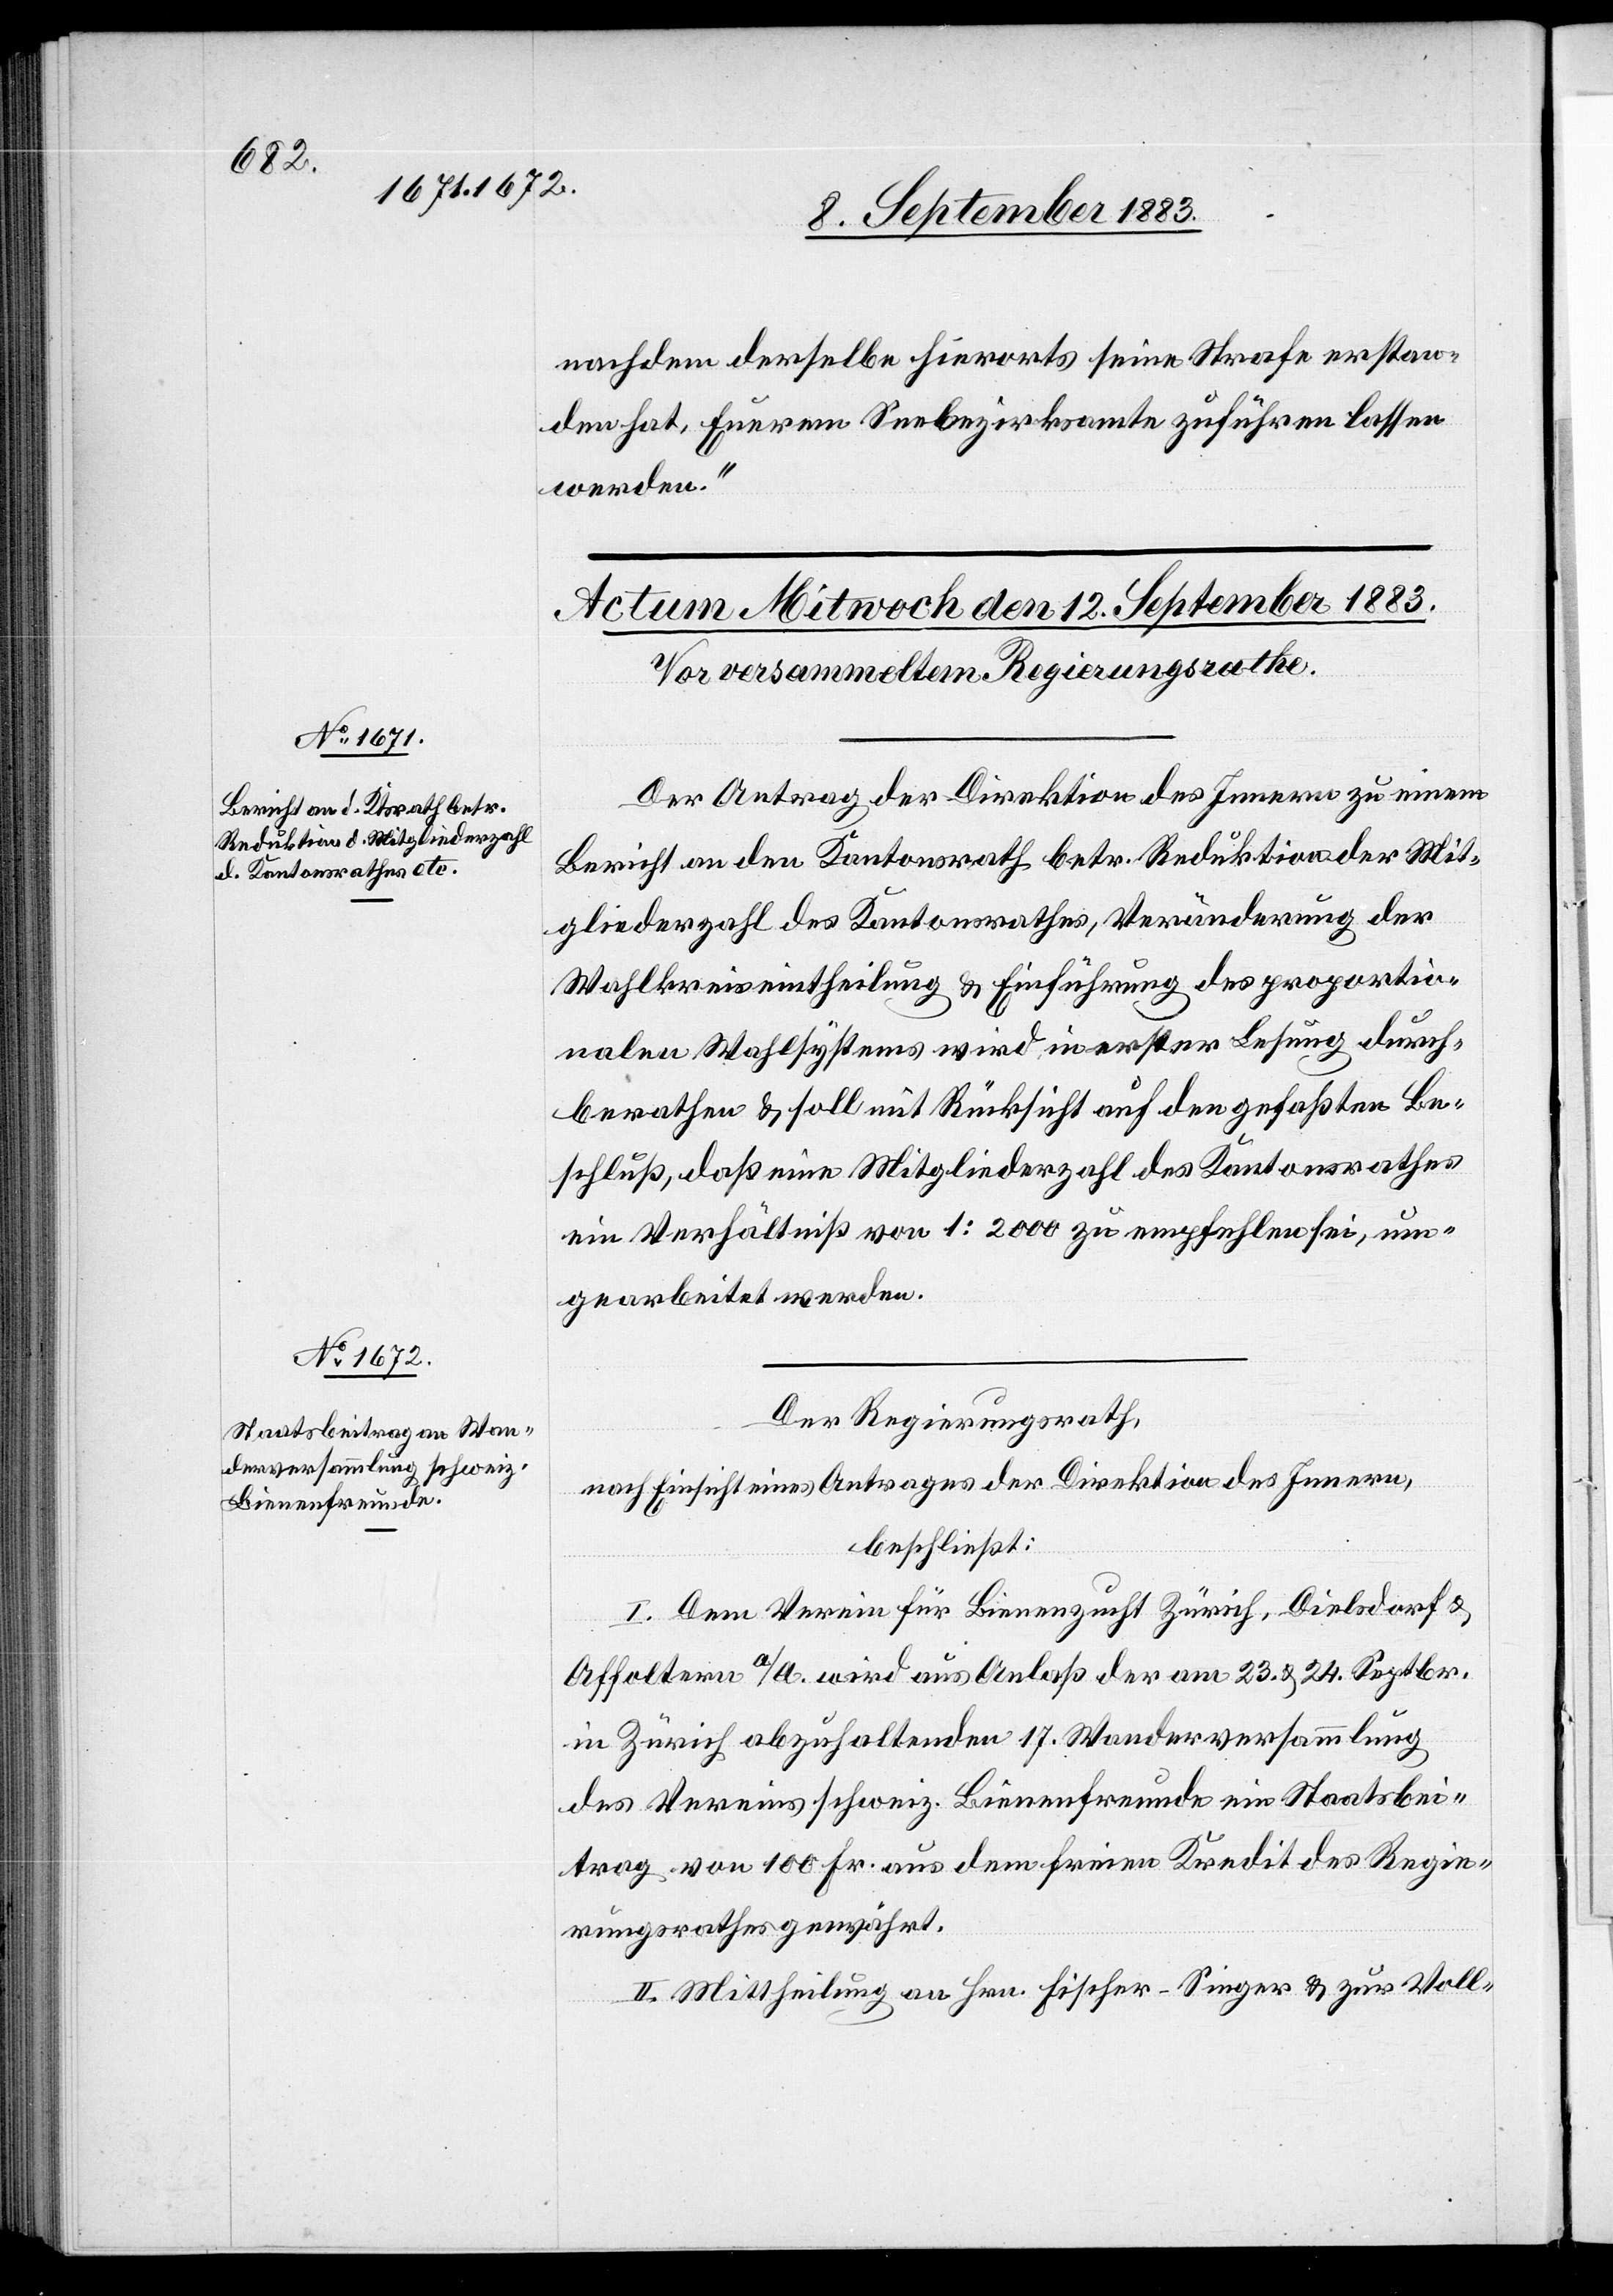
nachdem derselbe hierorts seine Strafe erstan¬
den hat, Euerem Seebezirksamte zuführen lassen
werden.“
Der Antrag der Direktion des Innern zu einem
Bericht an den Kantonsrath betr. Reduktion der Mit¬
gliederzahl des Kantonsrathes, Veränderung der
Wahlkreiseintheilung & Einführung des proportio¬
nalen Wahlsystems wird in erster Lesung durch¬
berathen & soll mit Rücksicht auf den gefaßten Be¬
schluß, daß eine Mitgliederzahl des Kantonsrathes
im] Verhältniß von 1:2000 zu empfehlen sei, um¬
gearbeitet werden.
Der Regierungsrath,
nach Einsicht eines Antrages der Direktion des Innern,
beschließt:
I. Dem Verein für Bienenzucht Zürich, Dielsdorf &
Affoltern a/A. wir aus Anlaß der am 23. & 24. September
in Zürich abzuhaltenden 17. Wanderversammlung
des Vereins schweiz. Bienenfreunde ein Staatsbei¬
trag von 100 Fr. aus dem freien Kredit des Regie¬
rungsrathes gewährt.
II. Mittheilung an Hrn. Fischer-Singer & zur Voll-